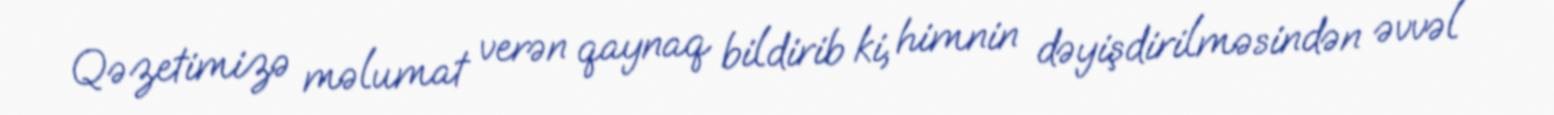
Qəzetimizə məlumat verən qaynaq bildirib ki, himnin dəyişdirilməsindən əvvəl